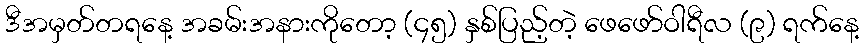
ဒီအမှတ်တရနေ့ အခမ်းအနားကိုတော့ (၄၅) နှစ်ပြည့်တဲ့ ဖေဖော်ဝါရီလ (၉) ရက်နေ့